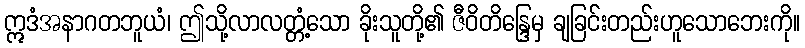
ဣဒံအနာဂတဘူယံ၊ ဤသို့လာလတ္တံ့သော ခိုးသူတို့၏ ဇီဝိတိန္ဒြေမှ ချခြင်းတည်းဟူသောဘေးကို။